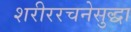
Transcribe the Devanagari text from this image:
शरीररचनेसुद्धा